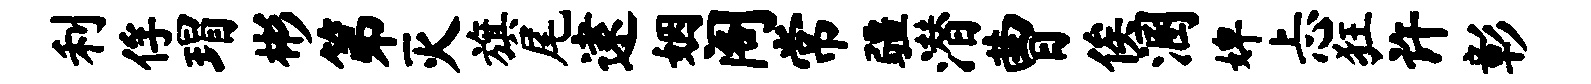
利俘瑁彬第灭旗尾逮姻阁常疆潜曹俟溷婢忐狂许彰